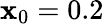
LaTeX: \mathbf{x}_{0}=0.2